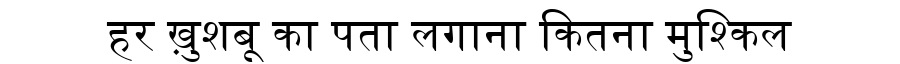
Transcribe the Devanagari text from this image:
हर ख़ुशबू का पता लगाना कितना मुश्किल